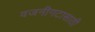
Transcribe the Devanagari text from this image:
वजनीगटासाठी